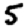
Digit: 5